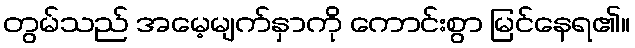
တွမ်သည် အမေ့မျက်နှာကို ကောင်းစွာ မြင်နေရ၏။